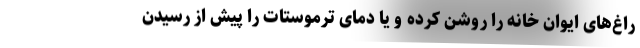
راغ‌های ایوان خانه را روشن کرده و یا دمای ترموستات را پیش از رسیدن